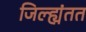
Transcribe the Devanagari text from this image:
जिल्ह्यंतत